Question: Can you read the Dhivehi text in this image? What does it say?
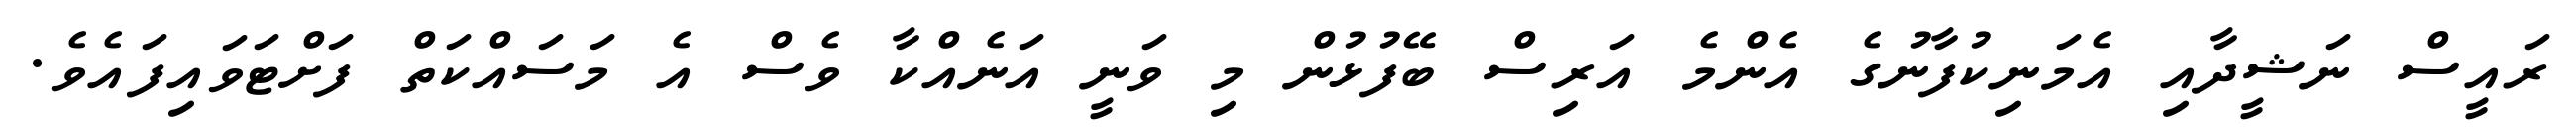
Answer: ރައީސް ނަޝީދާއި އެމަނިކުފާނުގެ އެންމެ އަރިސް ބޭފުޅުން މި ވަނީ އަނެއްކާ ވެސް އެ މަސައްކަތް ފަށްޓަވައިފައެވެ.